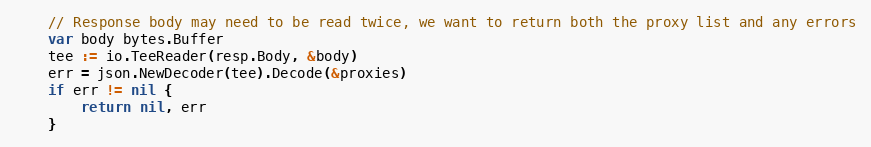
Language: Go
	// Response body may need to be read twice, we want to return both the proxy list and any errors
	var body bytes.Buffer
	tee := io.TeeReader(resp.Body, &body)
	err = json.NewDecoder(tee).Decode(&proxies)
	if err != nil {
		return nil, err
	}